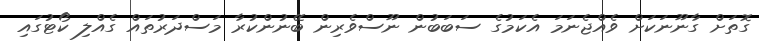
ގޮތަށް ގާނޫނަކަށް ވެއްޖެނަމަ އެކަމުގެ ސަބަބުން ނޫސްވެރިން ބޭނުންކުރާ މަސްދަރުތައް ގެއްލި ކޯޓުގައި